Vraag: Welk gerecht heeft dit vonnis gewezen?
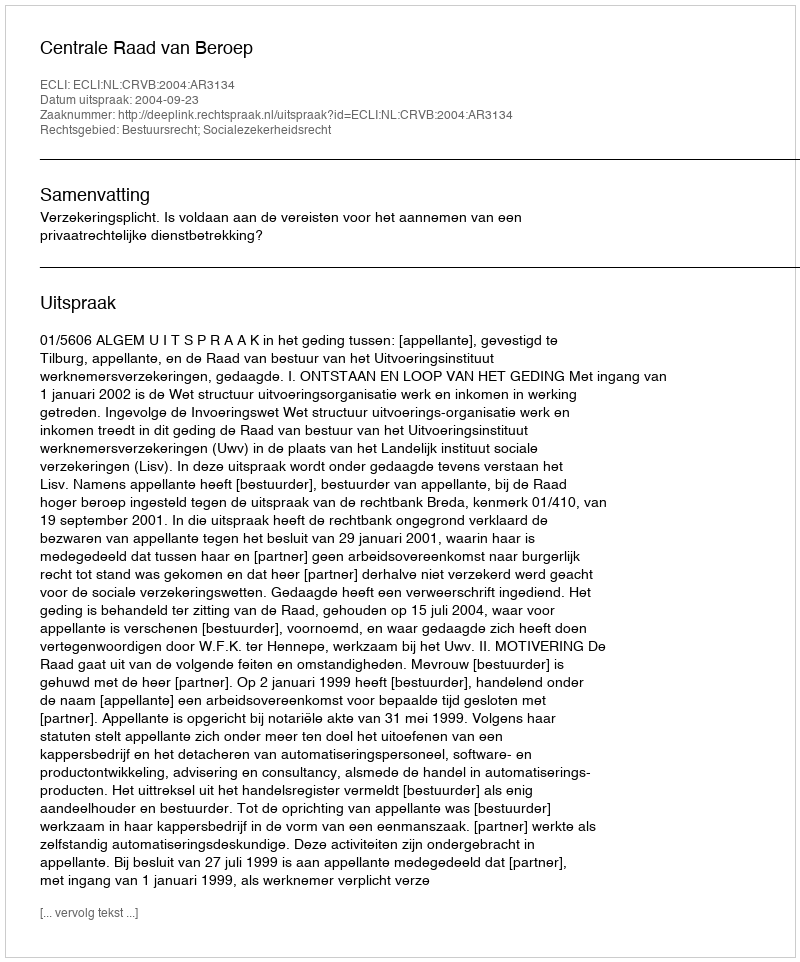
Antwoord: Centrale Raad van Beroep